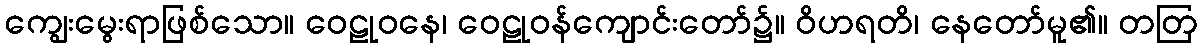
ကျွေးမွေးရာဖြစ်သော။ ဝေဠုဝနေ၊ ဝေဠုဝန်ကျောင်းတော်၌။ ဝိဟရတိ၊ နေတော်မူ၏။ တတြ